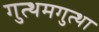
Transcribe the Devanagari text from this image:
गुत्थमगुत्था